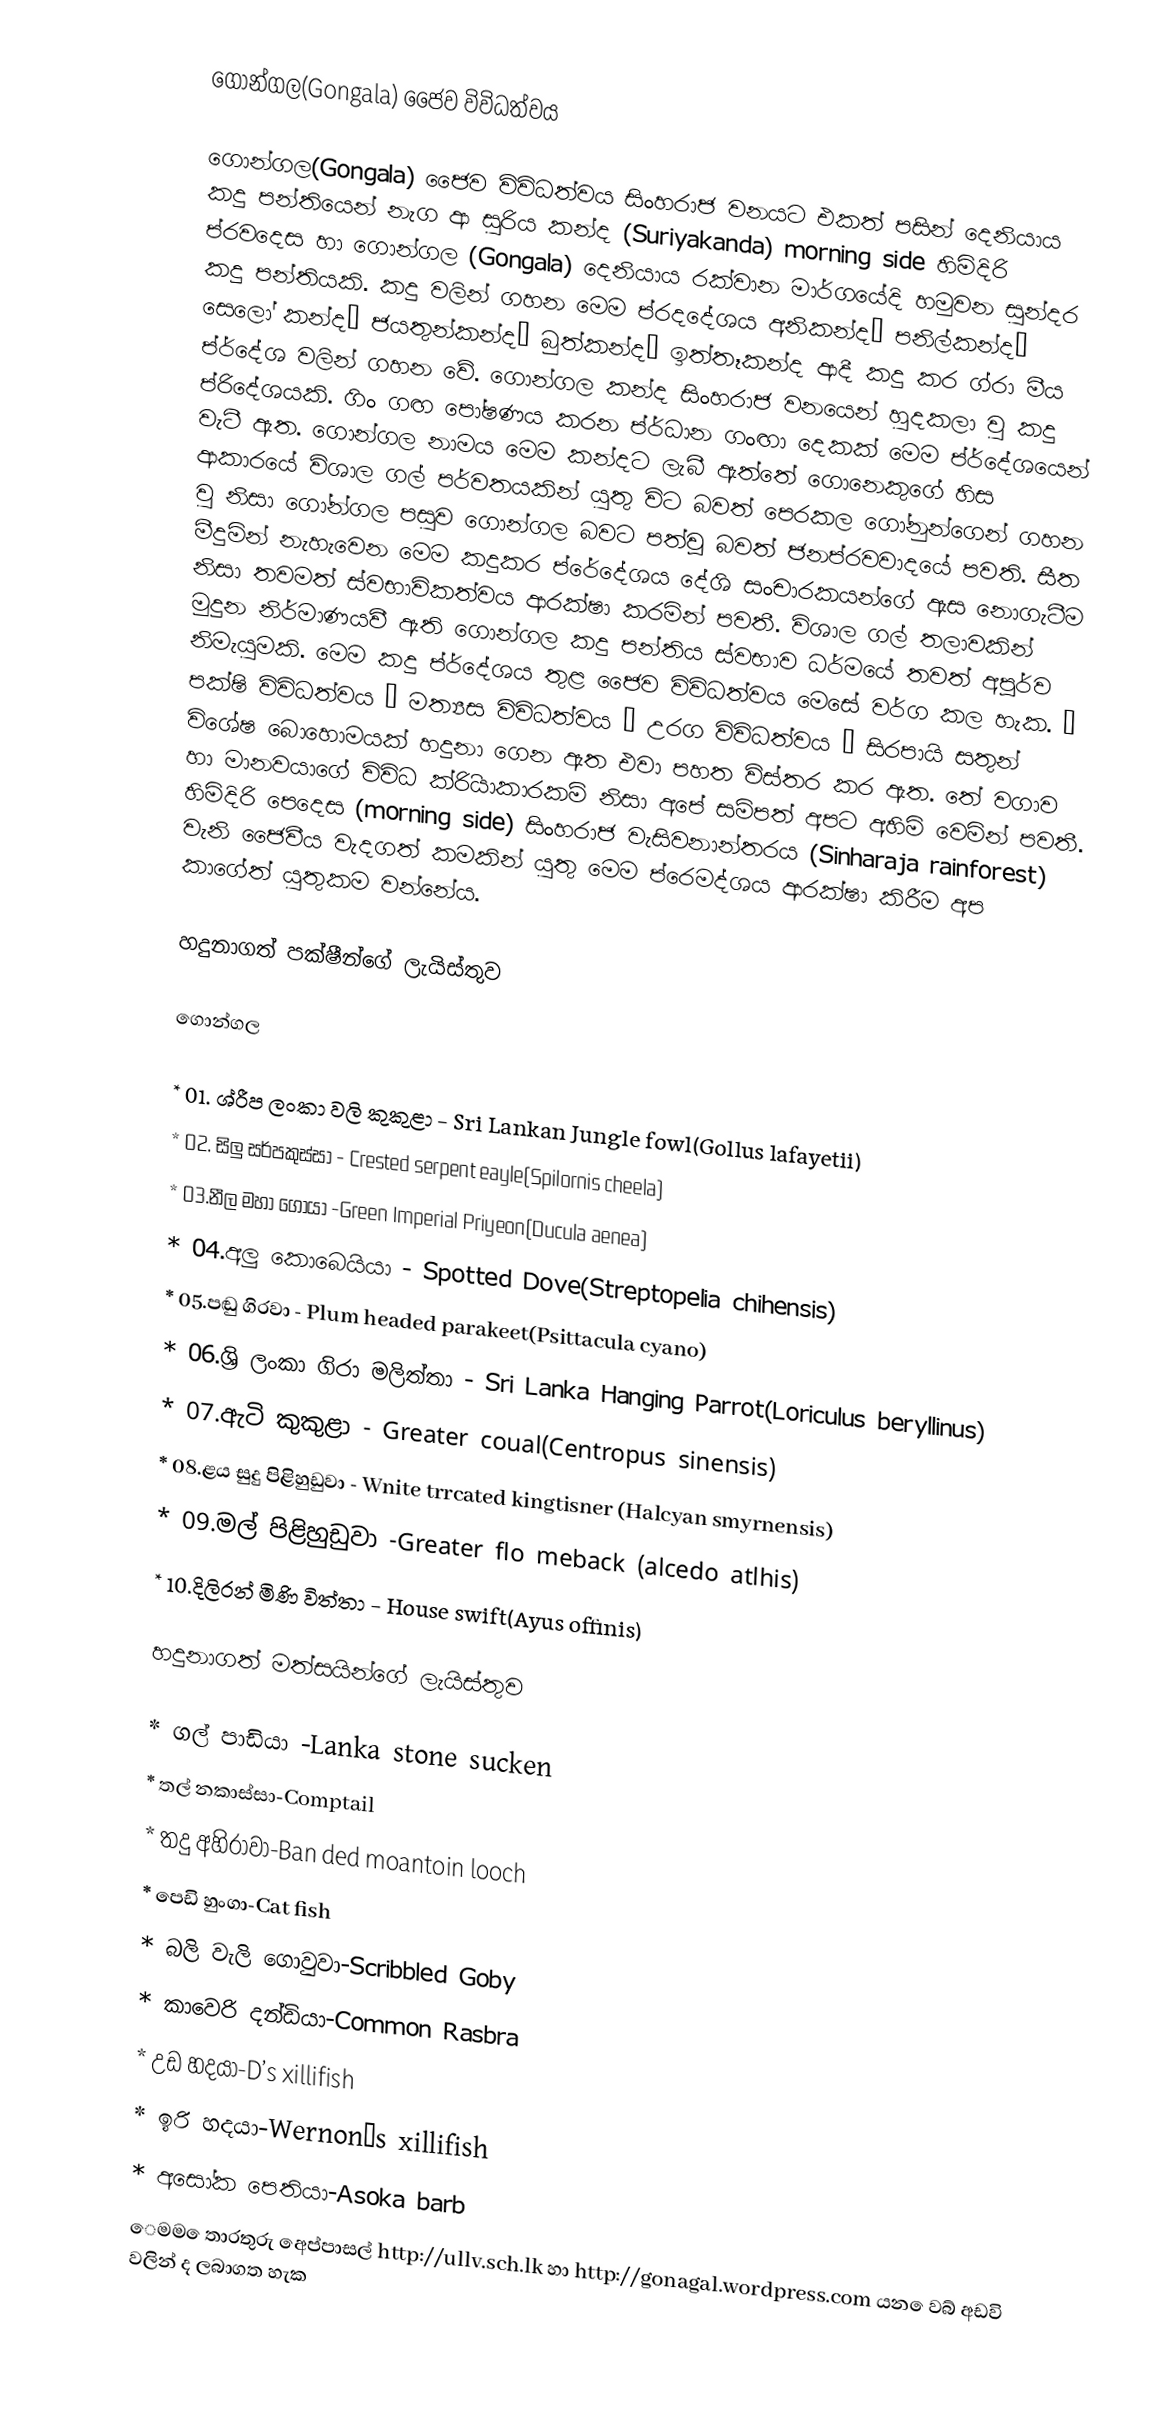
ගොන්ගල(Gongala) ජෛව විවිධත්වය

ගොන්ගල(Gongala) ජෛව විවිධත්වය සිංහරාජ වනයට එකත් පසින් දෙනියාය කදු පන්තියෙන් නැග ආ සුරිය කන්ද (Suriyakanda) morning side හිමිදිරි ප්රවදෙස හා ගොන්ගල (Gongala) දෙනියාය රක්වාන මාර්ගයේදි හමුවන සුන්දර කදු පන්තියකි. කදු වලින් ගහන මෙම ප්රදදේශය අනිකන්ද‚ පනිල්කන්ද‚ සෙලෝ කන්ද‚ ජයතුන්කන්ද‚ බුත්කන්ද‚ ඉත්තෑකන්ද ආදී කදු කර ග්රා මීය ප්ර්දේශ වලින් ගහන ‍වේ. ගොන්ගල කන්ද සිංහරාජ වනයෙන් හුදකලා වු කදු ප්රිදේශයකි. ගිං ගඟ පෝෂණය කරන ප්ර්ධාන ගංඟා දෙකක් මෙම ප්ර්දේශයෙන් වැටී ඇත. ගොන්ගල නාමය මෙම කන්දට ලැබී ඇත්තේ ගොනෙකුගේ හිස ආකාරයේ විශාල ගල් පර්වතයකින් යුතු විට බවත් පෙරකල ගෝනුන්ගෙන් ගහන වු නිසා ගෝන්ගල පසුව ගොන්ගල බවට පත්වූ බවත් ජනප්රවවාදයේ පවති. සීත මීදුමින් නැහැවෙන මෙම කදුකර ප්රේදේශය දේශි සංචාරකයන්ගේ ඇස නොගැටීම නිසා තවමත් ස්වභාවිකත්වය ආරක්ෂා කරමින් පවතී. විශාල ගල් තලාවකින් මුදුන නිර්මාණයවී ඇති ගොන්ගල කදු පන්තිය ස්වභාව ධර්මයේ තවත් අපූර්ව නිමැයුමකි. මෙ‍ම කදු ප්ර්දේශය තුළ ජෛව විවිධත්වය මෙසේ වර්ග කල හැක. • පක්ෂි විවිධත්වය • මත්‍යස විවිධත්වය • උරග විවිධත්වය • සිරපායි සතුන් විශේෂ බොහොමයක් හදුනා ගෙන ඇත එවා පහත විස්තර කර ඇත. තේ වගාව හා මානවයාගේ විවිධ ක්රිියාකාරකම් නිසා අපේ සම්පත් අපට අහිමි වෙමින් පවතී. හිමිදිරි පෙදෙස (morning side) සිංහරාජ වැසිවනාන්තරය (Sinharaja rainforest) වැනි ජෛවීය වැදගත් කමකින් යුතු මෙම ප්රෙමද්ශය ආරක්ෂා කිරීම අප කාගේත් යුතුකම වන්නේය.

හදුනාගත් පක්ෂීන්ගේ ලැයිස්තුව

ගොන්ගල

    * 01. ශ්රීප ලංකා වලි කුකුළා - Sri Lankan Jungle fowl(Gollus lafayetii)
    * 02. සිලු සර්පකුස්සා - Crested serpent eayle(Spilornis cheela)
    * 03.නීල මහා ගොයා -Green Imperial Priyeon(Ducula aenea)
    * 04.අලු කොබෙයියා - Spotted Dove(Streptopelia chihensis)
    * 05.පඬු ගිරවා - ‍Plum headed parakeet(Psittacula cyano)
    * 06.ශ්‍රි ලංකා ගිරා මලිත්තා - Sri Lanka Hanging Parrot(Loriculus beryllinus)
    * 07.ඇටි කුකුළා - Greater coual(Centropus sinensis)
    * 08.ළය සුදු පිළිහුඩුවා - Wnite trrcated kingtisner (Halcyan smyrnensis)
    * 09.මල් පිළිහුඩුවා -Greater flo meback (alcedo atlhis)
    * 10.දිලිරන් මිණි විත්තා - House swift(Ayus offinis)

හදුනාගත් මත්සයින්ගේ ලැයිස්තුව

    * ගල් පාඩියා -Lanka stone sucken
    * තල් නකාස්සා-Comptail
    * තදු අහිරාවා-Ban ded moantoin looch
    * පෙඩි හුංගා-Cat fish
    * බලි වැලි ගොවුවා-Scribbled Goby
    * කාවෙරි දන්ඩියා-Common Rasbra
    * උඩ හදයා-D’s xillifish
    * ඉරි හදයා-Wernon’s xillifish
    * අසෝක පෙතියා-Asoka barb
ෙමම ෙතාරතුරු අෙප්පාසල්  http://ullv.sch.lk හා http://gonagal.wordpress.com යන  ෙවබ් අඩවි වලින් ද  ලබාගත හැක